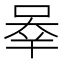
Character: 𰇶